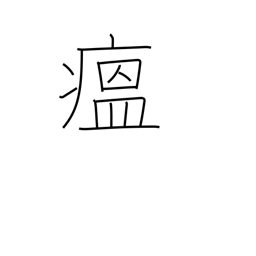
Meaning: contagious disease